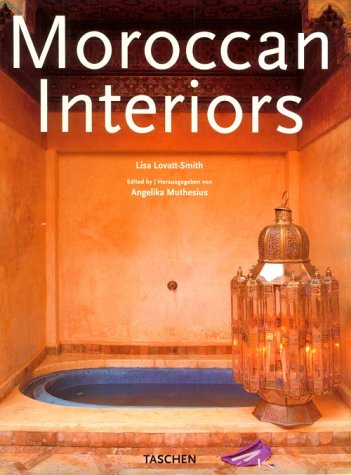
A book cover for Moroccan Interiors (Interiors (Taschen)); Lisa Lovatt-Smith; Arts & Photography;